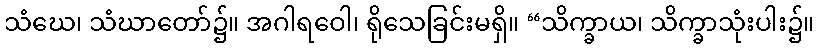
သံဃေ၊ သံဃာတော်၌။ အဂါရဝေါ၊ ရိုသေခြင်းမရှိ။ “သိက္ခာယ၊ သိက္ခာသုံးပါး၌။